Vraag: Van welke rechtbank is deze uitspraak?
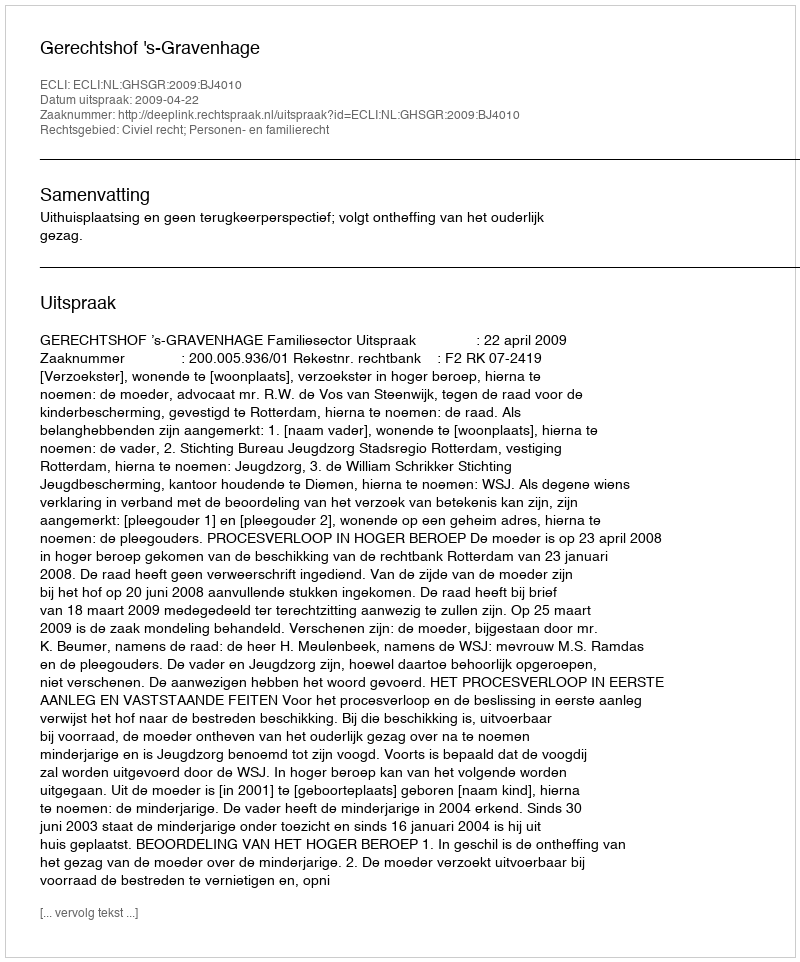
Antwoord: Gerechtshof 's-Gravenhage